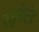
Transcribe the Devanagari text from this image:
एजुकेटेड